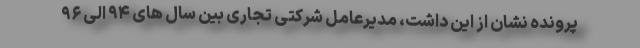
پرونده نشان از این داشت، مدیرعامل شرکتی تجاری بین سال های ۹۴ الی ۹۶